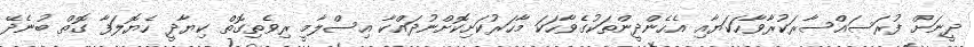
ދީނަށް ފުރަސައްސާރަކުރާވާހަކަޔާއި އެހެންދީންތަކުގެވާހަކަ މާހަރުކަށިކޮށްނުދައްކާ އިސްލާމީ ރިވެތިގޮތް ކިޔާދީ ހެޔޮލަފާ ގޮތް ބުނެދޭ